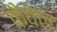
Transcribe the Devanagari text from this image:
कैवेल